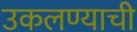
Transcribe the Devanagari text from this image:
उकलण्याची